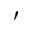
'